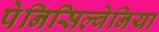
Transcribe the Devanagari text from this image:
पेनिसिल्‍वेनिया